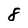
Character: 8